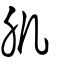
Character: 肌